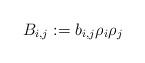
LaTeX: \begin{align*} B_{i,j}: = b_{i,j}\rho_i \rho_j\end{align*}